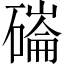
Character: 磮